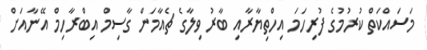
މަސައްކަތް ކުރުމުގެ ފުރިހަަމަ އިހްތިޔާރާއި ބާރު ވިލާގެ ޗެއާމަން ގާސިމް އިބްރާހިމް އޭނާއަށް